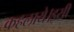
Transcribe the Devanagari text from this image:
कहलाये।इसी